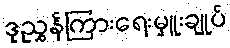
ဒုညွှန်ကြားရေးမှူးချုပ်